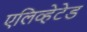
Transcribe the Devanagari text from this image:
एलिव्हेटेड